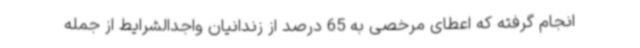
انجام گرفته که اعطای مرخصی به 65 درصد از زندانیان واجدالشرایط از جمله